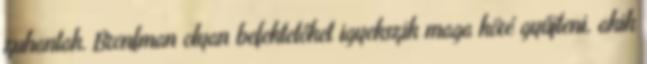
zuhantak. Bronfman olyan befektetőket igyekszik maga köré gyűjteni, akik